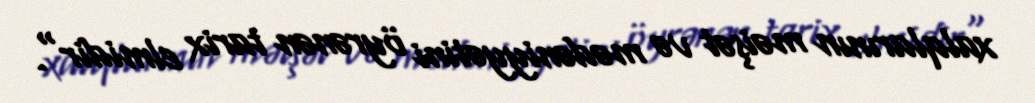
xalqlarının məişət və mədəniyyətini öyrənən tarix elmidir".